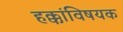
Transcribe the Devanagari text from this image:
हक्कांविषयक